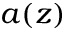
a ( z )